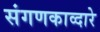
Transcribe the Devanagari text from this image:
संगणकाव्दारे